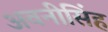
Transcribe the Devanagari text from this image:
अवनीसिंह